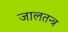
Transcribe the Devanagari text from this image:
जालतन्त्र